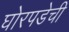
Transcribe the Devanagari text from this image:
घोरपडेची